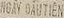
NGAY OAUTIEN